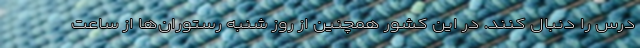
درس را دنبال کنند. در این کشور همچنین از روز شنبه رستوران‌ها از ساعت